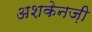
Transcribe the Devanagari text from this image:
अशकेनज़ी